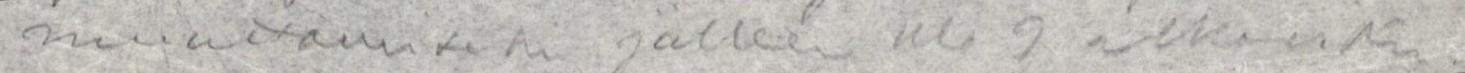
muuttamiseksi jälleen klo 9 alkavaksi.